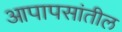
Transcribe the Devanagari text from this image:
आपापसांतील